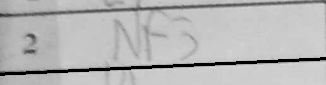
Transcription: Nc6